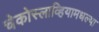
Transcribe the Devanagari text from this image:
चेकोस्लाव्हियामधल्या